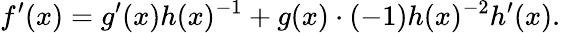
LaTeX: f^{\prime}(x)=g^{\prime}(x)h(x)^{-1}+g(x)\cdot(-1)h(x)^{-2}h^{\prime}(x).